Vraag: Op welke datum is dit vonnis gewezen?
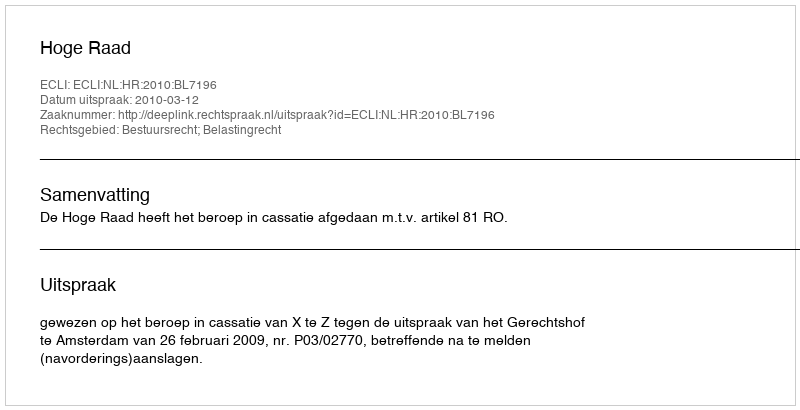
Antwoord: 2010-03-12